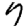
Digit: 7